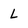
Character: L